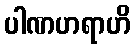
ပါဏဟရာဟိ